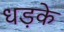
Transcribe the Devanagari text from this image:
धड़के